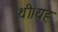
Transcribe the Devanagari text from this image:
थी।यह